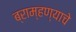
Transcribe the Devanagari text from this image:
ब्राम्हण्याचे